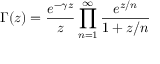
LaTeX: \Gamma ( z ) = { \frac { e ^ { - \gamma z } } { z } } \prod _ { n = 1 } ^ { \infty } { \frac { e ^ { z / n } } { 1 + z / n } }